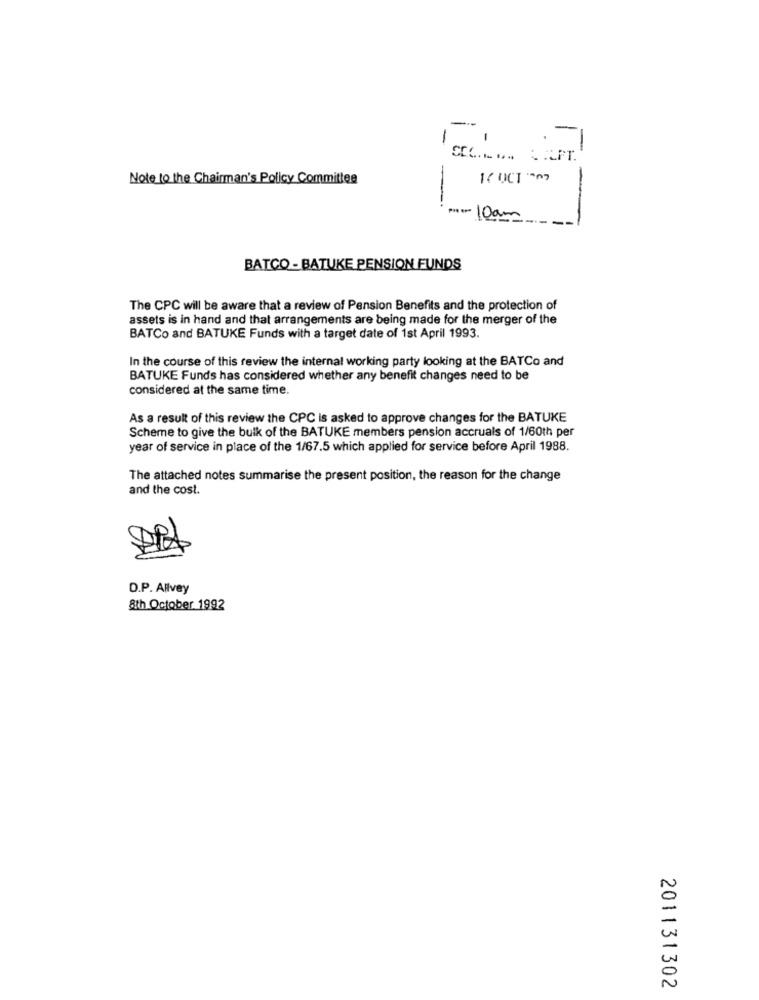
1
-
-
SEC ..... ... PT.
Note to the Chairman's Policy Committee
I UCT ~~
-
-
Poter 10 am
BATCO - BATUKE PENSION FUNDS
The CPC will be aware that a review of Pension Benefits and the protection of
assets is in hand and that arrangements are being made for the merger of the
BATCo and BATUKE Funds with a target date of 1st April 1993.
In the course of this review the internal working party looking at the BATCo and
BATUKE Funds has considered whether any benefit changes need to be
considered at the same time.
As a result of this review the CPC is asked to approve changes for the BATUKE
Scheme to give the bulk of the BATUKE members pension accruals of 1/60th per
year of service in place of the 1/67.5 which applied for service before April 1988.
The attached notes summarise the present position, the reason for the change
and the cost.
D.P. Allvey
8th October 1992
201131302